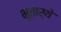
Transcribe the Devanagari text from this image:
भूतार्थे